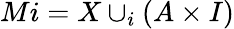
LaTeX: Mi=X\cup_{i}(A\times I)